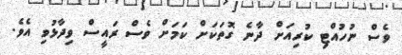
ވެސް ނުހުއްޓި ކުރިއަށް ދާނެ ގޮތަކަށް ކަމަށް ވެސް ރައީސް ވިދާޅުވި އެވެ.